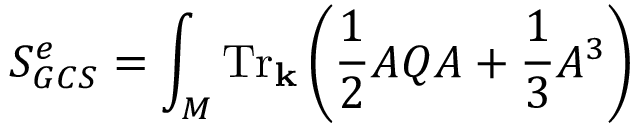
\displaystyle { S _ { G C S } ^ { e } = \int _ { M } \mathrm { T r } _ { \bf k } \left( \frac { 1 } { 2 } { \cal A } Q { \cal A } + \frac { 1 } { 3 } { \cal A } ^ { 3 } \right) }